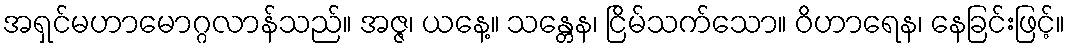
အရှင်မဟာမောဂ္ဂလာန်သည်။ အဇ္ဇ၊ ယနေ့။ သန္တေန၊ ငြိမ်သက်သော။ ဝိဟာရေန၊ နေခြင်းဖြင့်။